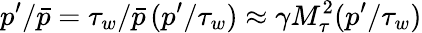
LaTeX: p^{\prime}/\bar{p}=\tau_{w}/\bar{p}\, (p^{\prime}/\tau_{w})\approx\gamma M_{\tau}^{2}(p^{\prime}/\tau_{w})